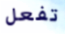
تفعل